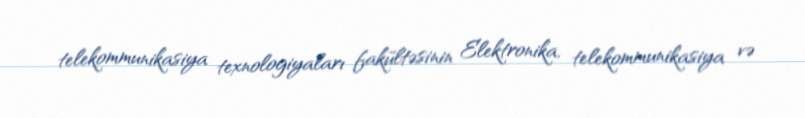
telekommunikasiya texnologiyaları fakültəsinin Elektronika, telekommunikasiya və